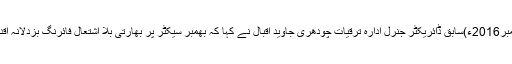
15 نومبر2016ء)سابق ڈائریکٹر جنرل ادارہ ترقیات چودھری جاوید اقبال نے کہا کہ بھمبر سیکٹر پر بھارتی بلا اشتعال فائرنگ بزدلانہ اقدام ہے ۔